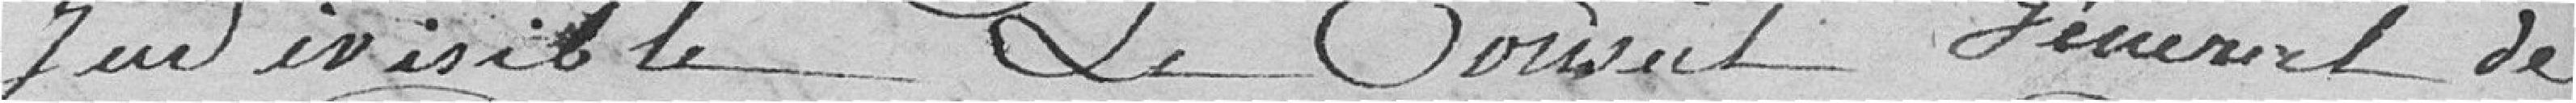
Jeu invisible, le Conseil Général de